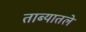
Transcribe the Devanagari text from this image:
ताब्यातले